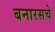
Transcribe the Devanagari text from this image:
बनारसचे